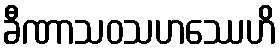
ခီဏာသဝသဟဿေဟိ